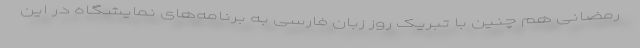
رمضانی هم چنین با تبریک روز زبان فارسی به برنامه‌های نمایشگاه در این